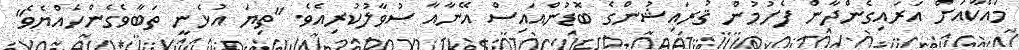
މައްކާއަށް އަރައިގެންދާން ފެށުމުން ޤުރައިޝުންގެ ބޮޑުންއައިސް އޭނާއާ ސުވާލުކުރިއެވެ. "ތިޔަ އުޅެނީ ތަބާވެގެންހެއްޔެވެ"